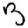
Digit: 3